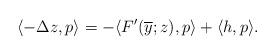
LaTeX: \begin{align*}\langle -\Delta z , p \rangle = - \langle F'(\overline{y}; z), p \rangle + \langle h, p \rangle.\end{align*}